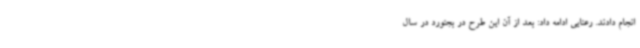
انجام دادند. رعنایی ادامه داد: بعد از آن این طرح در بجنورد در سال